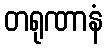
တရုဏာနံ